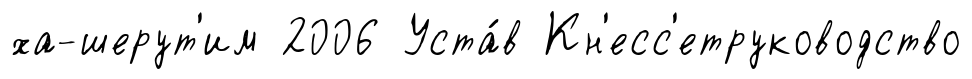
ха-шерут'им 2006 Уста́в Кн'есс'етруководство